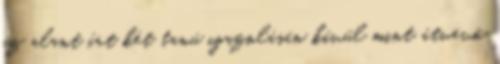
az alant írt két tanú igazolásán kívül mint átvevő